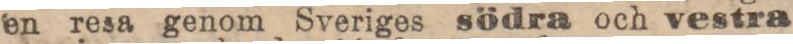
en resa genom Sveriges södra och vestra